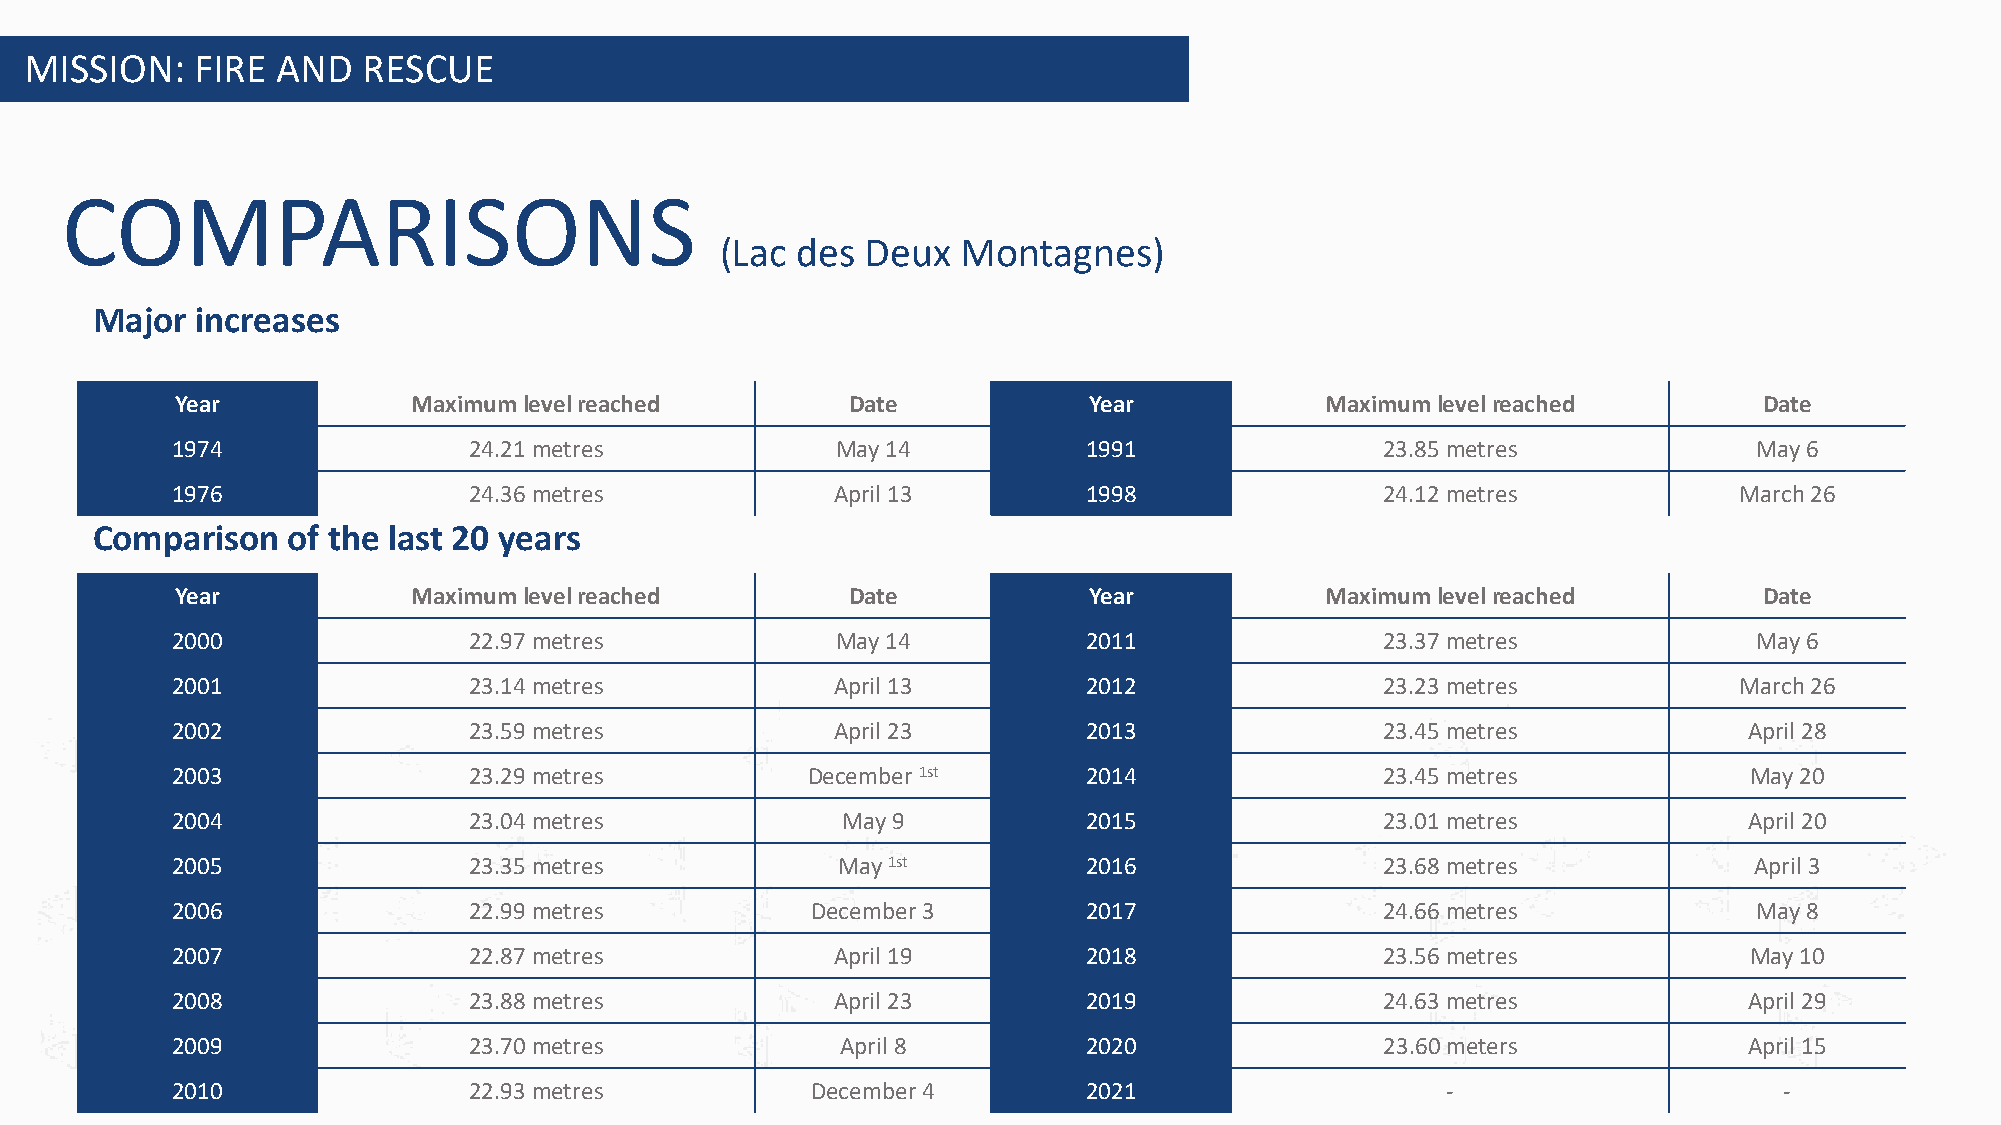
MISSION:   FIRE AND   RESCUE
 COMPARISONS
 (Lac des Deux   Montagnes)
 Major  increases
 Year           Maximum levelreached         Date            Year            Maximum levelreached         Date
 1974                24.21 metres            May 14           1991                23.85 metres            May 6
 1976                24.36 metres            April 13         1998                24.12 metres           March 26
 Comparison   of the last 20 years
 Year           Maximum levelreached         Date            Year            Maximum levelreached         Date
 2000                22.97 metres            May 14           2011                23.37 metres            May 6
 2001                23.14 metres            April 13         2012                23.23 metres           March 26
 2002                23.59 metres            April 23         2013                23.45 metres            April 28
 2003                23.29 metres          December1st        2014                23.45 metres            May 20
 2004                23.04 metres             May 9           2015                23.01 metres            April 20
 2005                23.35 metres            May 1st          2016                23.68 metres            April 3
 2006                22.99 metres           December3         2017                24.66 metres            May 8
 2007                22.87 metres            April 19         2018                23.56 metres            May 10
 2008                23.88 metres            April 23         2019                24.63 metres            April 29
 2009                23.70 metres             April 8         2020                23.60 meters            April 15
 2010                22.93 metres           December4         2021                    -                     -